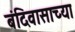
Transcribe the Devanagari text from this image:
बंदिवासाच्या